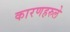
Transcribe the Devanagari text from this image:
कारणहरुले